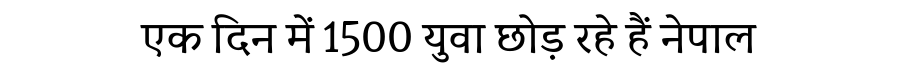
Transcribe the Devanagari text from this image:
एक दिन में 1500 युवा छोड़ रहे हैं नेपाल